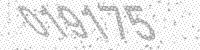
Solution: 019175